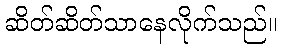
ဆိတ်ဆိတ်သာနေလိုက်သည်။